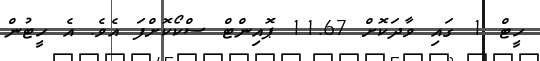
ހީޓް 1 ގައި ވާދަކޮށް 11.67 ޕޮއިންޓް ސްކޯކޮށްފަ އެވެ. އެ ހީޓުން